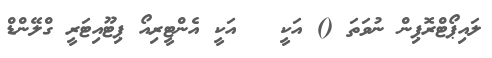
ލައިޕޯޓްރޮޕިން ނުވަތަ () އަކީ   އަކީ އެންޓީރިއޯ ޕިޓޫއިޓަރީ ގްލޭންޑް